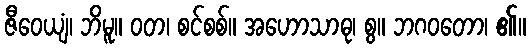
ဇီဝေယျံ၊ ဘိမူ။ ဝတ၊ စင်စစ်။ အဟောသာဓု၊ စွ။ ဘဂဝတော၊ ၏။